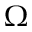
\Omega